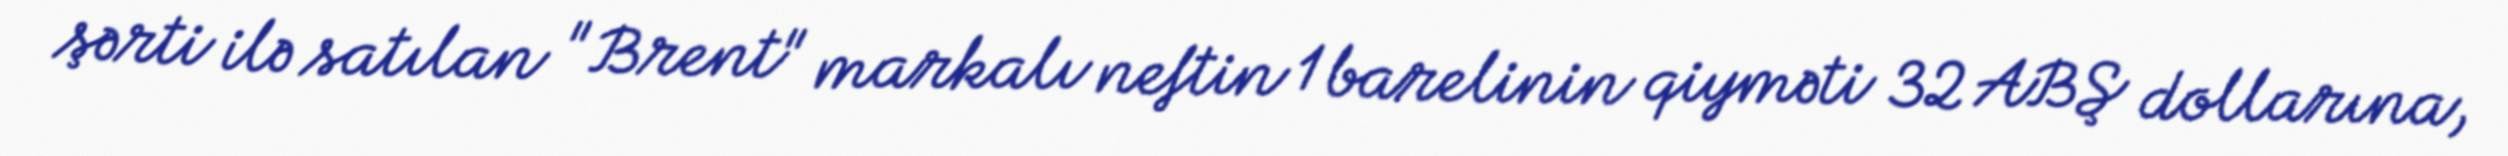
şərti ilə satılan "Brent" markalı neftin 1 barelinin qiyməti 32 ABŞ dollarına,